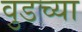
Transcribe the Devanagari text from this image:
वुडच्या